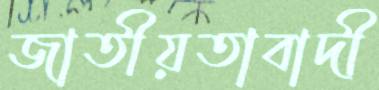
জাতীয়তাবাদী